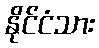
နိုင်ငံသား